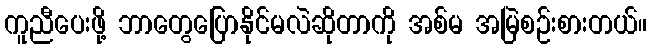
ကူညီပေးဖို့ ဘာတွေပြောနိုင်မလဲဆိုတာကို အစ်မ အမြဲစဉ်းစားတယ်။